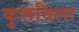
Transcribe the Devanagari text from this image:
कुरूविला